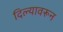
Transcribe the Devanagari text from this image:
दिल्यावरून